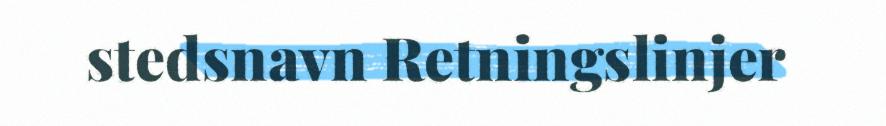
stedsnavn Retningslinjer